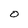
Character: O